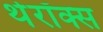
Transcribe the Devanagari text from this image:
थेरॉक्स